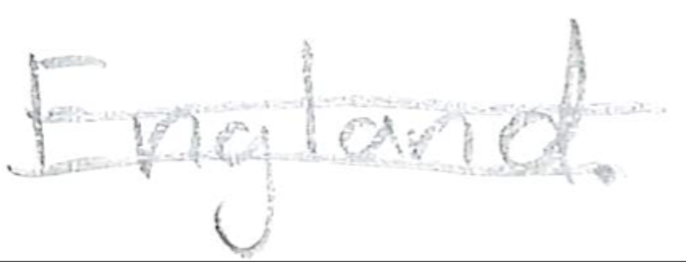
Text: England.
Cross-out: double-line
Writing tool: pencil